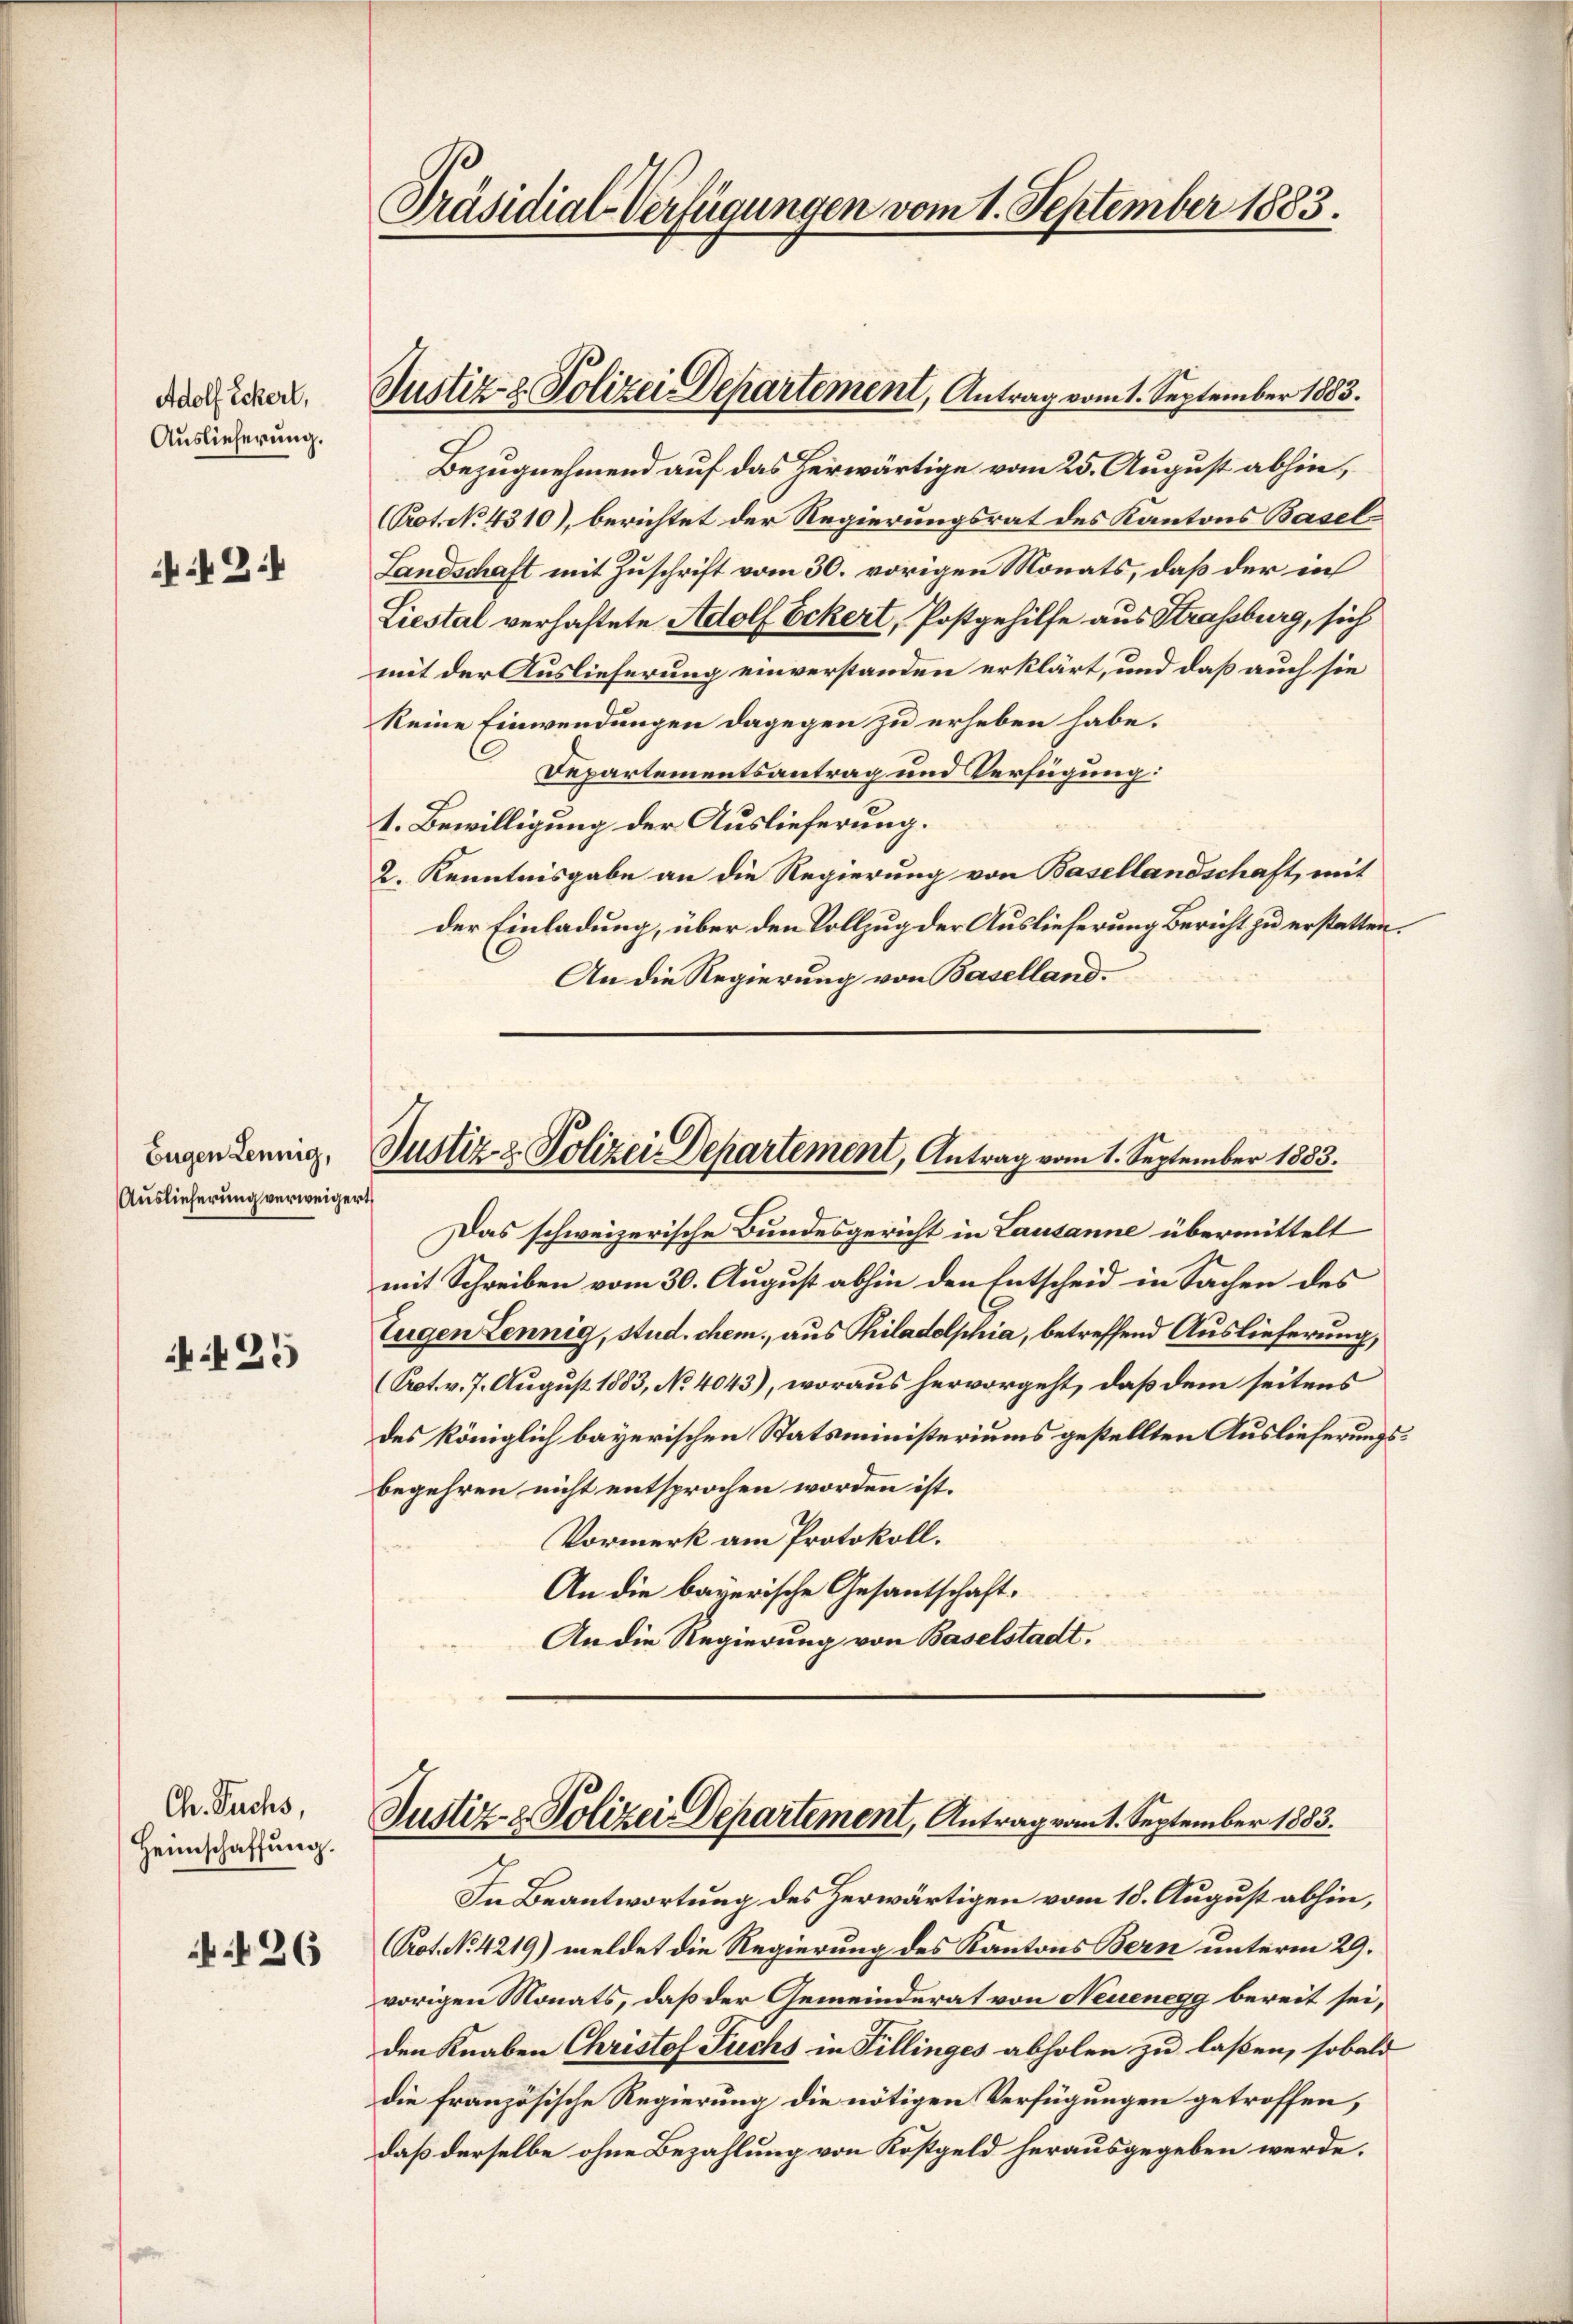
Adolf Eckerl,
Auslieferung.

2:

Eugen Lennig,
Auslieferung verweigert

25

Ch. Fuchs,
Heimschaffung.

26

Bezugnehmend auf das herwärtige vom 25. August abhin,
(Prot. No. 4310), berichtet der Regierungsrat des Kantons Basel
Landschaft mit Zuschrift vom 30. vorigen Monats, daß der in
Liestal verhaftete Adolf Eckert, Postgehilfe aus Strassburg, sich
mit der Auslieferung einverstanden erklärt, und daß auch sie
keine Einwendungen dagegen zu erheben habe.
Departementsantrag und Verfügung:
1. Bewilligung der Auslieferung.
2. Kenntnisgabe an die Regierung von Basellandschaft, mit
der Einladung, über den Vollzug der Auslieferung Bericht zu erstatten.
An die Regierung von Baselland.

Präsidial-Verfügungen vom 1. September 1883.

Justiz- & Polizei Departement, Antrag vom 1. September 1883.

Justiz & Polizei-Departement, Antrag vom 1. September 1883.

Das schweizerische Bundesgericht in Lausanne übermittelt
mit Schreiben vom 30. August abhin den Entscheid in Sachen des
Eugen Lennig, stud. chem, aus Philadelphia, betreffend Auslieferung,
(Prot. v. 7. August 1883, No 4043), woraus hervorgeht, daß dem seitens
des königlich bayerischen Statsministeriums gestellten Auslieferungsbegehren nicht entsprochen worden ist.
Vormerk am Protokoll.
An die bayerische Gesantschaft.
An die Regierung von Baselstadt.

Justiz- & Polizei Departement, Antrag vom 1. September 1883.

In Beantwortung des Herwärtigen vom 18. August abhin,
Prot. No 4219) meldet die Regierung des Kantons Bern unterm 29.
vorigen Monats, daß der Gemeinderat von Neuenegg bereit sei,
den Knaben Christof Fuchs in Tillinges abholen zu laßen, sobald
die französische Regierung die nötigen Verfügungen getroffen,
daß derselbe ohne Bezahlung von Kostgeld herausgegeben werde.